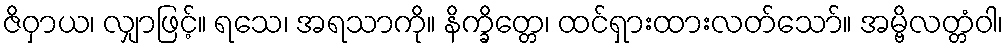
ဇိဝှာယ၊ လျှာဖြင့်။ ရသေ၊ အရသာကို။ နိက္ခိတ္တေ၊ ထင်ရှားထားလတ်သော်။ အမ္ဗိလတ္တံဝါ၊